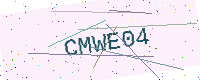
Text: CMWE04